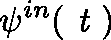
\mathbf { \psi } ^ { i n } ( \textit { t } )